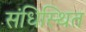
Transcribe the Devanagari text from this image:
संधिस्थित